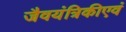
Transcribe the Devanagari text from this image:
जैवयंत्रिकीएवं